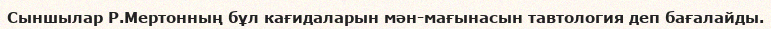
Сыншылар Р.Мертонның бұл кағидаларын мән-мағынасын тавтология деп бағалайды.